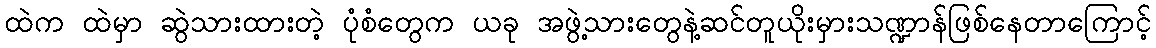
ထဲက ထဲမှာ ဆွဲသားထားတဲ့ ပုံစံတွေက ယခု အဖွဲ့သားတွေနဲ့ဆင်တူယိုးမှားသဏ္ဍာန်ဖြစ်နေတာကြောင့်